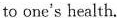
to one's health.